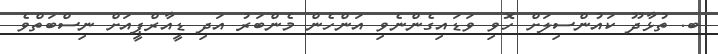
ބ. ތުޅާދޫ ކައުންސިލަށް ހޮވި ވަޑައިގެންނެވި އަންހެން މެންބަރު އަދި ޑީއާރްޕީއަށް ނިސްބަތްވެ